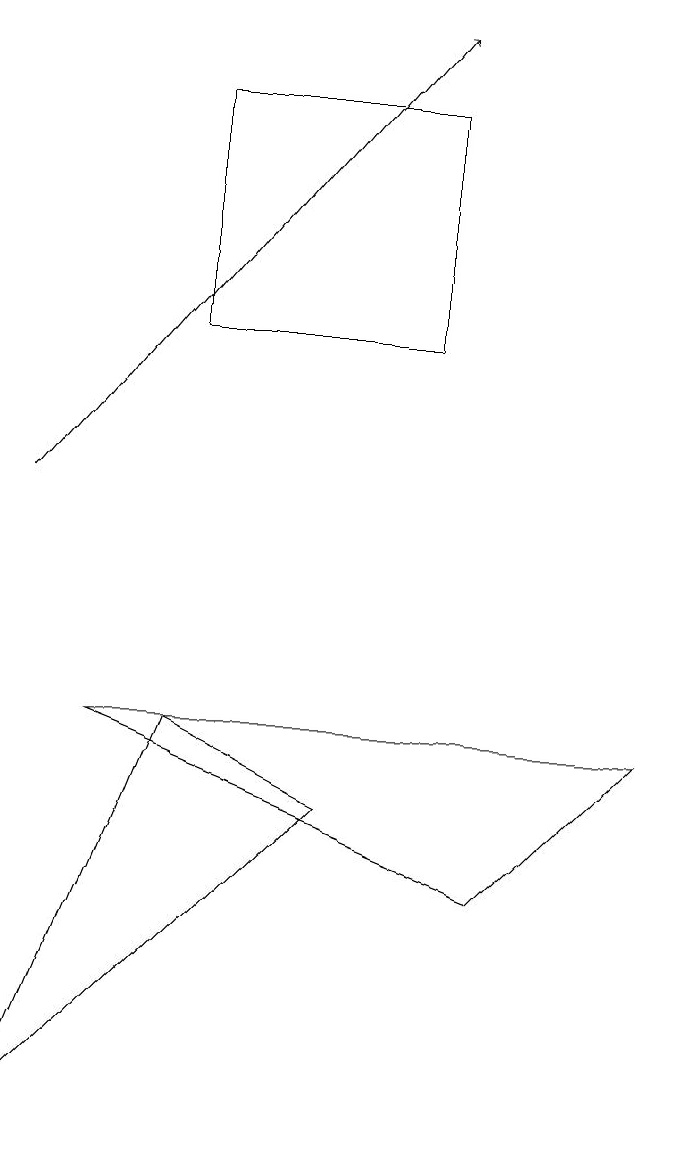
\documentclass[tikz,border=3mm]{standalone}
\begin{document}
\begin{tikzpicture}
\draw (3,17) rectangle (6,14);
\draw (5,8) -- (1,4) -- (3,9) -- cycle;
\draw (7,7) -- (2,9) -- (9,9) -- cycle;
\draw[->] (1,12) -- (6,18);
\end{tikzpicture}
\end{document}